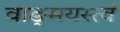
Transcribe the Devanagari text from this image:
वाङ्‌मयस्त्वं